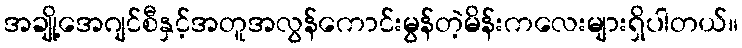
အချို့အေဂျင်စီနှင့်အတူအလွန်ကောင်းမွန်တဲ့မိန်းကလေးများရှိပါတယ်။